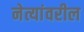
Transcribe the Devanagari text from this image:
नेत्यांवरील